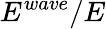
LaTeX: E^{wave}/E